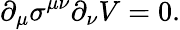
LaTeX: \partial_{\mu}\sigma^{\mu\nu}\partial_{\nu}V=0.